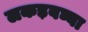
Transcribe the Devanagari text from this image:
लकड़बघ्घा